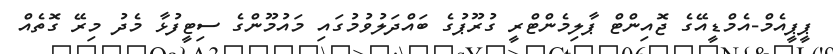
ޕީޕީއެމް-އެމްޑީއޭގެ ޖޮއިންޓް ޕާލިމެންޓްރީ ގުރޫޕުގެ ބައްދަލުވުމުގައި މައުމޫންގެ ސިޓީފުޅާ މެދު މިރޭ ގޮތެއް